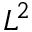
L ^ { 2 }